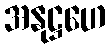
အနုဋ္ဌဟေ